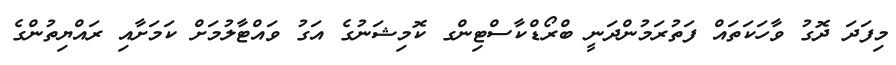
މިފަދަ ދޮގު ވާހަކަތައް ފަތުރަމުންދަނީ ބްރޯޑްކާސްޓިންގ ކޮމިޝަނުގެ އަގު ވައްޓާލުމަށް ކަމަށާއި ރައްޔިތުންގެ